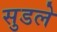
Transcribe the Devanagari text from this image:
सुडले